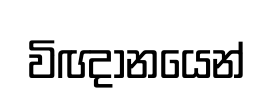
විඥානයෙන්